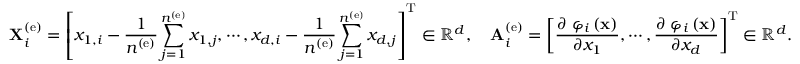
{ \bf X } _ { i } ^ { \left( \mathrm { e } \right) } = \left[ x _ { 1 , i } - \frac { 1 } { n ^ { \left( \mathrm { e } \right) } } \sum _ { j = 1 } ^ { n ^ { \left( \mathrm { e } \right) } } x _ { 1 , j } , \cdots , x _ { d , i } - \frac { 1 } { n ^ { \left( \mathrm { e } \right) } } \sum _ { j = 1 } ^ { n ^ { \left( \mathrm { e } \right) } } x _ { d , j } \right] ^ { \mathrm { T } } \in \mathbb { R } ^ { d } , \quad { \bf A } _ { i } ^ { \left( \mathrm { e } \right) } = \left[ { \frac { { \partial { \bf \Pi } { \varphi _ { i } } \left( { \bf { x } } \right) } } { { \partial x _ { 1 } } } } , \cdots , { \frac { { \partial { \bf \Pi } { \varphi _ { i } } \left( { \bf { x } } \right) } } { { \partial x _ { d } } } } \right] ^ { \mathrm { T } } \in \mathbb { R } ^ { d } .